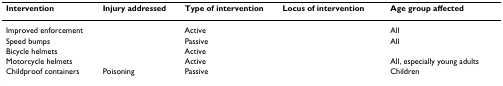
<table><thead><tr><td><b>Intervention</b></td><td><b>Injury addressed</b></td><td><b>Type of intervention</b></td><td><b>Locus of intervention</b></td><td><b>Age group affected</b></td></tr></thead><tbody><tr><td>Improved enforcement</td><td>[EMPTY_CELL]</td><td>Active</td><td>[EMPTY_CELL]</td><td>All</td></tr><tr><td>Speed bumps</td><td>[EMPTY_CELL]</td><td>Passive</td><td>[EMPTY_CELL]</td><td>All</td></tr><tr><td>Bicycle helmets</td><td>[EMPTY_CELL]</td><td>Active</td><td>[EMPTY_CELL]</td><td>[EMPTY_CELL]</td></tr><tr><td>Motorcycle helmets</td><td>[EMPTY_CELL]</td><td>Active</td><td>[EMPTY_CELL]</td><td>All, especially young adults</td></tr><tr><td>Childproof containers</td><td>Poisoning</td><td>Passive</td><td>[EMPTY_CELL]</td><td>Children</td></tr></tbody></table>